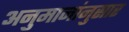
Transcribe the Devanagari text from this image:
अनुमानांनुसार